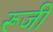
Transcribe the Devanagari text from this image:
रूजी